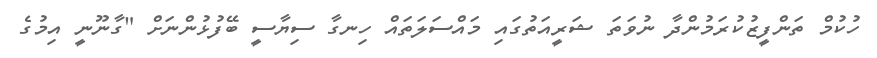
ހުކުމްް ތަންފީޒުކުރަމުންދާ ނުވަތަ ޝަރީއަތުގައި މައްސަލަތައް ހިނގާ ސިޔާސީ ބޭފުޅުންނަށް "ގާނޫނީ އިމުގެ